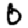
Digit: 0